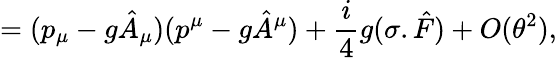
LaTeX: =(p_{\mu}-g\hat{A}_{\mu})(p^{\mu}-g\hat{A}^{\mu})+{\frac{i}{4}}g(\sigma.\hat{F})+O(\theta^{2}),